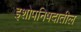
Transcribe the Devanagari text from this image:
इशोपनिषदातील